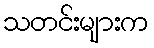
သတင်းများက